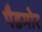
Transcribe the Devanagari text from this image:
पैडमोर